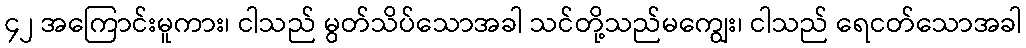
၄၂ အကြောင်းမူကား၊ ငါသည် မွတ်သိပ်သောအခါ သင်တို့သည်မကျွေး၊ ငါသည် ရေငတ်သောအခါ